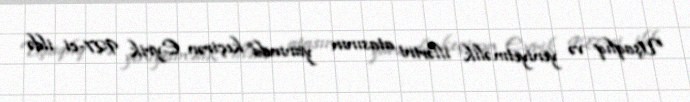
Uşaqlıq və yeniyetməlik illərini atasının yanında keçirən Eyrik 927-ci ildə